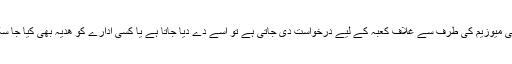
اگر کسی میوزیم کی طرف سے غلاف کعبہ کے لیے درخواست دی جاتی ہے تو اسے دے دیا جاتا ہے یا کسی ادارے کو ھدیہ بھی کیا جا سکتا ہے۔